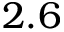
2 . 6